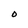
Character: O